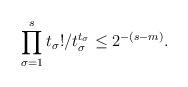
LaTeX: \begin{align*}\prod_{\sigma = 1}^s t_\sigma! / t_\sigma^{t_\sigma} \leq 2^{-(s-m)}.\end{align*}